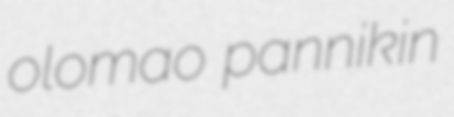
olomao pannikin